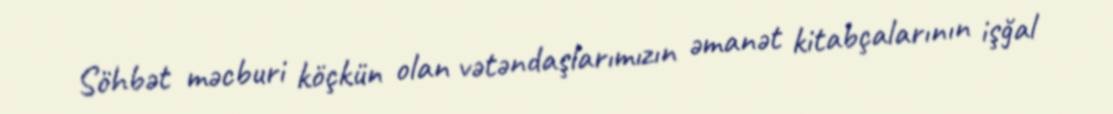
Söhbət məcburi köçkün olan vətəndaşlarımızın əmanət kitabçalarının işğal